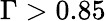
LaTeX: \Gamma>0.85